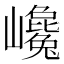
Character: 巉